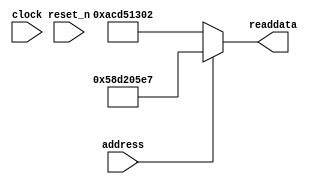
module soc_system_sysid_qsys (
               // inputs:
                address,
                clock,
                reset_n,

               // outputs:
                readdata
             )
;

  output  [ 31: 0] readdata;
  input            address;
  input            clock;
  input            reset_n;

  wire    [ 31: 0] readdata;
  //control_slave, which is an e_avalon_slave
  assign readdata = address ? 1490159079 : 2899645186;

endmodule